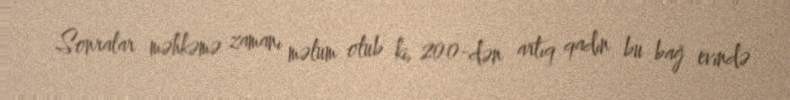
Sonralar məhkəmə zamanı məlum olub ki, 200-dən artıq qadın bu bağ evində